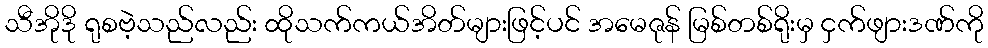
သီအိုဒို ရုစဗဲ့သည်လည်း ထိုသက်ကယ်အိတ်များဖြင့်ပင် အမေဇုန် မြစ်တစ်ရိုးမှ ငှက်ဖျားဒဏ်ကို